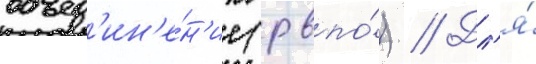
объед'ин'е́н'ие (рвпо́) // Дл'я́